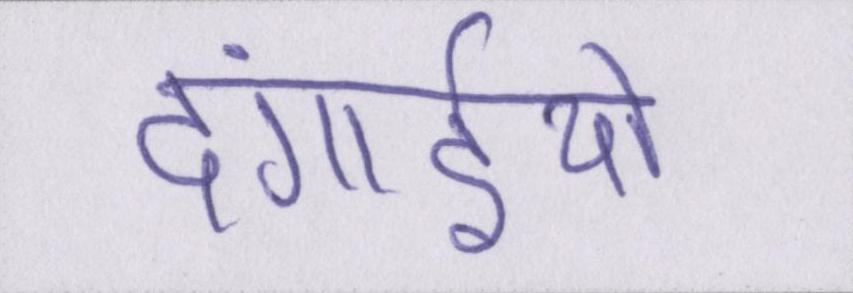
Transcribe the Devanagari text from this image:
दंगाईयो